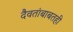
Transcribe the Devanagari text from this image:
दैवतांबाबतही